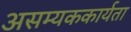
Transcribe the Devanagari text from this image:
असम्यककार्यता